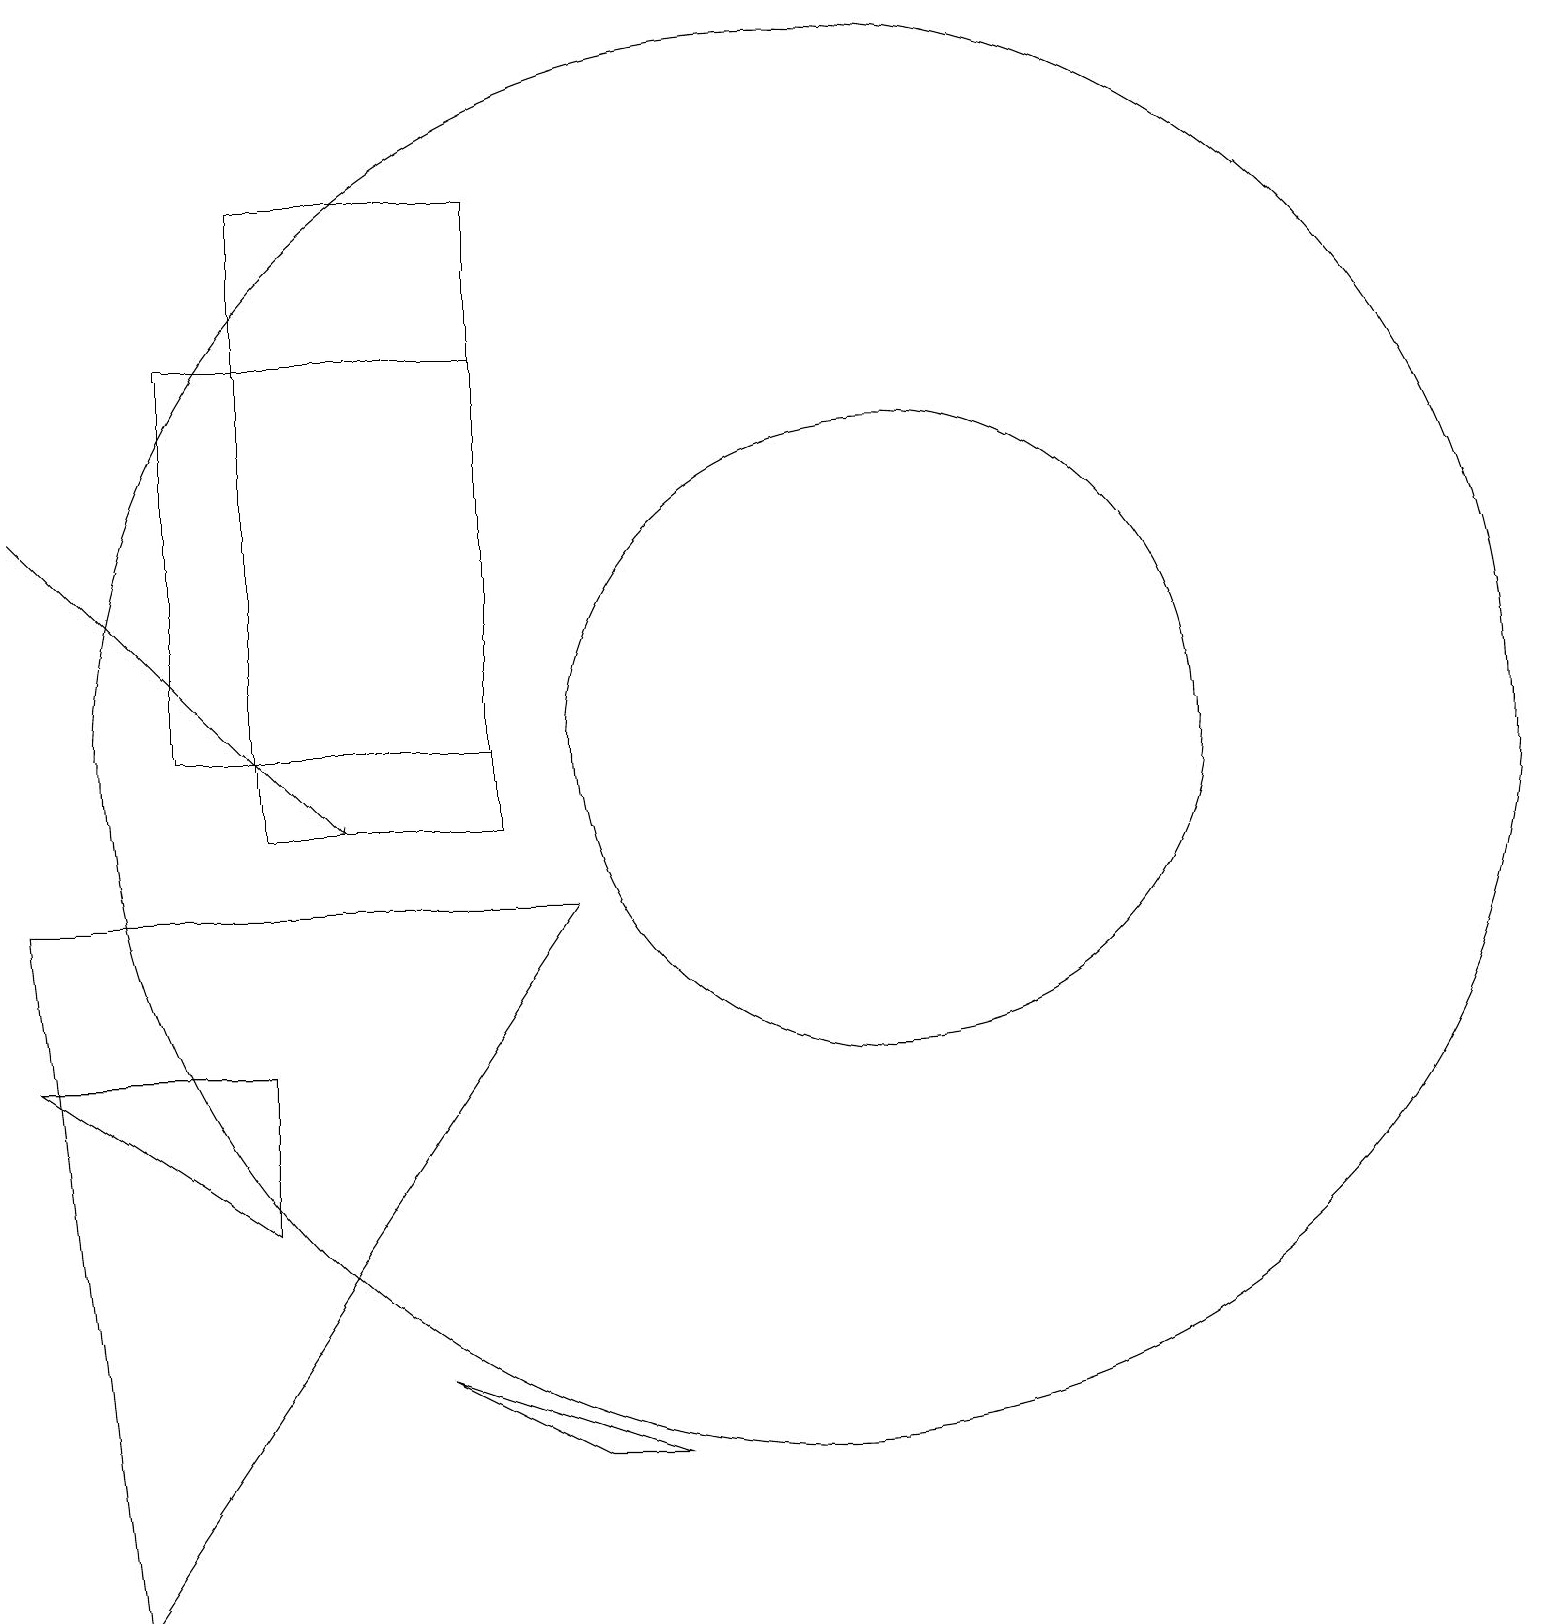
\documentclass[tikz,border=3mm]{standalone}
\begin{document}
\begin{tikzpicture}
\draw (11,11) circle (9);
\draw[->] (1,14) -- (5,10);
\draw (9,2) -- (6,3) -- (8,2) -- cycle;
\draw (12,11) circle (4);
\draw (3,11) rectangle (7,16);
\draw (4,10) rectangle (7,18);
\draw (8,9) -- (1,9) -- (2,0) -- cycle;
\draw (4,5) -- (1,7) -- (4,7) -- cycle;
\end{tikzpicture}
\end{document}